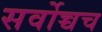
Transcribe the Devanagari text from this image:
सर्वोच्चच